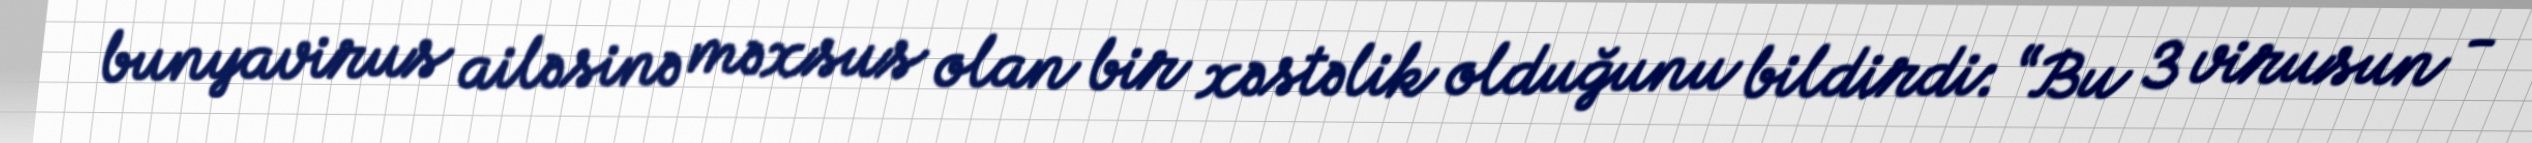
bunyavirus ailəsinə məxsus olan bir xəstəlik olduğunu bildirdi: “Bu 3 virusun -